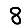
Digit: 8